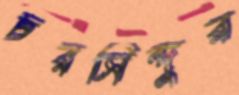
চরসিন্দুর